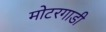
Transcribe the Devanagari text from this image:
मोटरगाडी